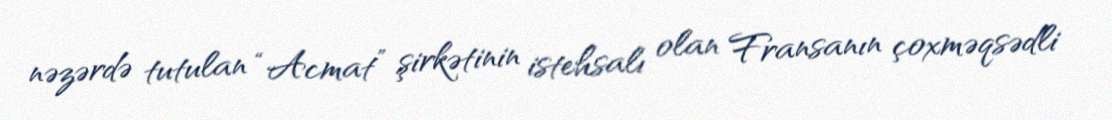
nəzərdə tutulan “Acmat” şirkətinin istehsalı olan Fransanın çoxməqsədli